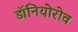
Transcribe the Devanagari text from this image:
डॉनियोरोव